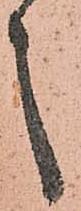
之